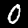
Label: 0